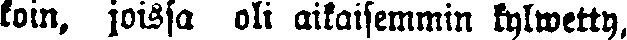
koin, joissa oli aikaisemmin kylwetty,